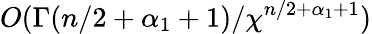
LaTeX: O(\Gamma(n/2+\alpha_{1}+1)/\chi^{n/2+\alpha_{1}+1})